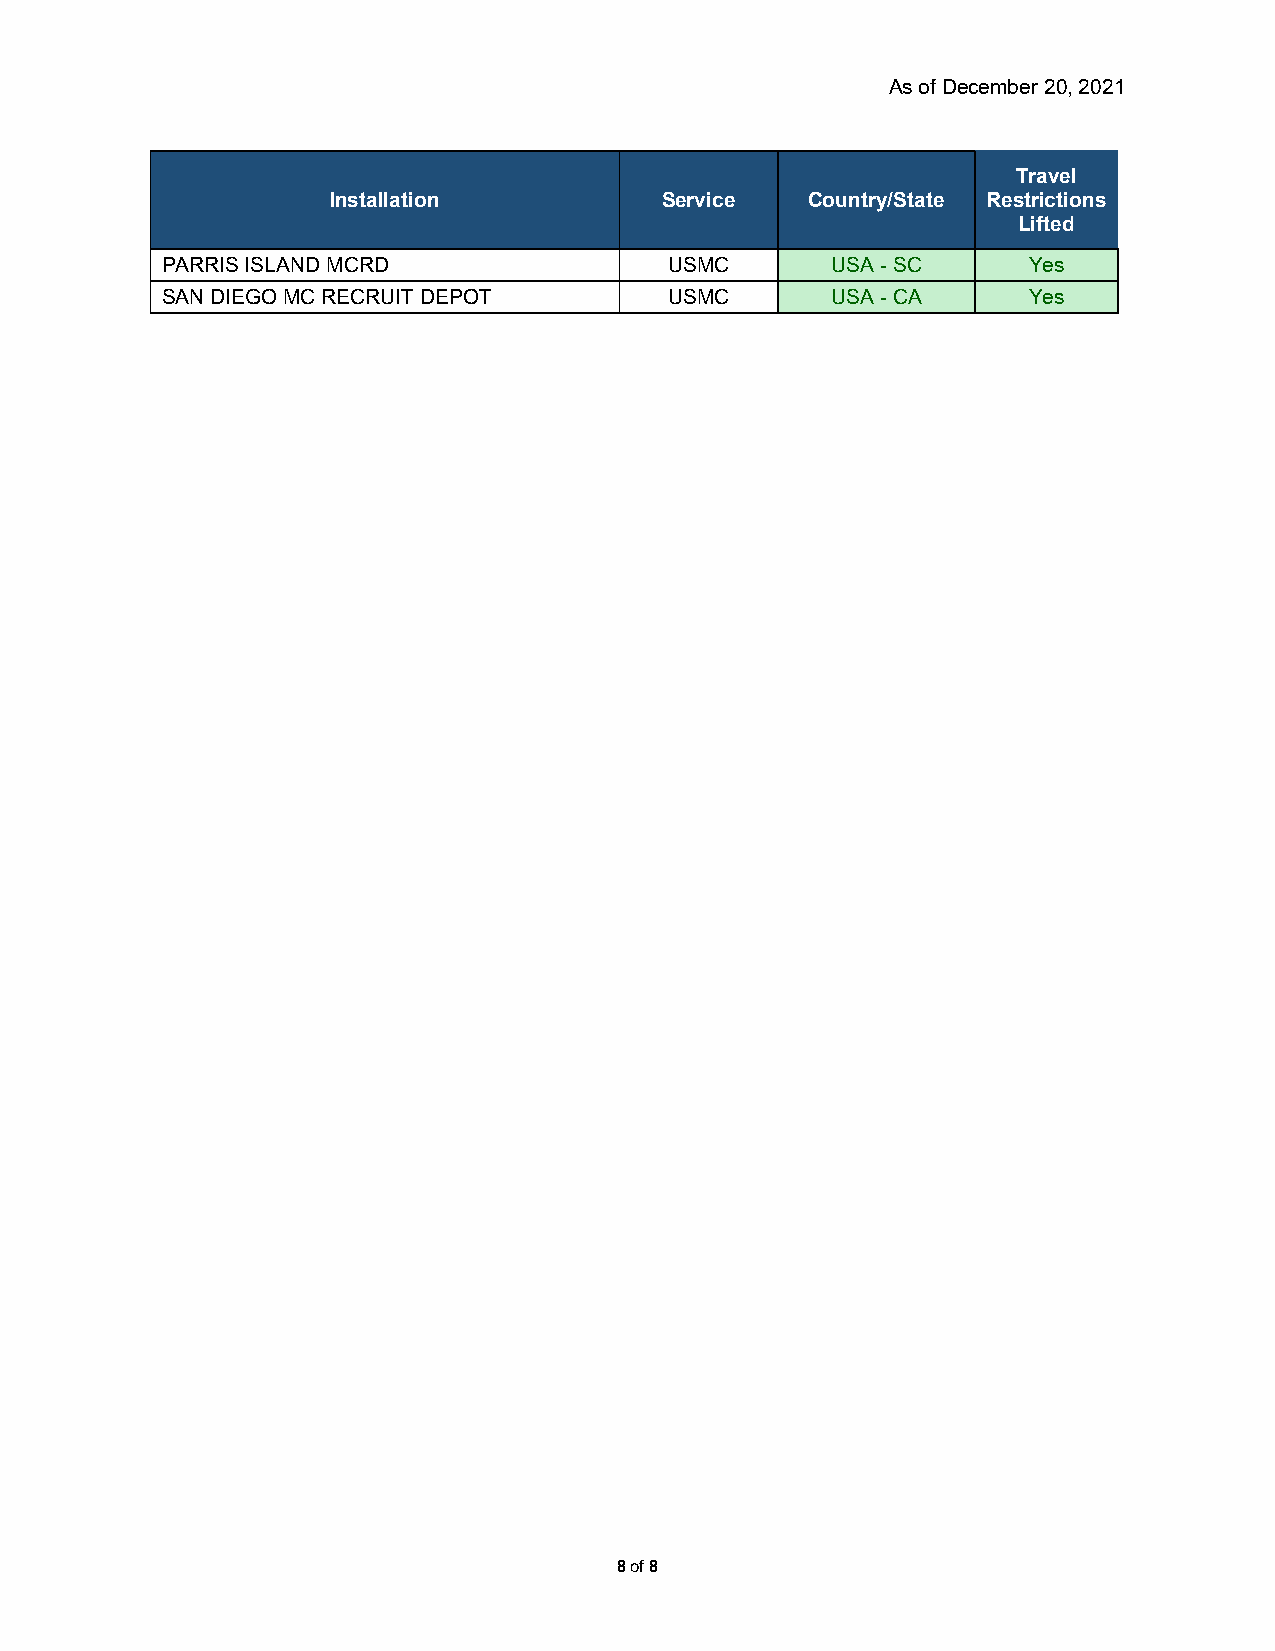
As of December 20, 2021
 Travel
 Installation          Service   Country/State Restrictions
 Lifted
 PARRIS ISLAND MCRD               USMC       USA - SC     Yes
 SAN DIEGO MC RECRUIT DEPOT       USMC       USA - CA     Yes
 8 of 8